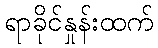
ရာခိုင်နှုန်းထက်